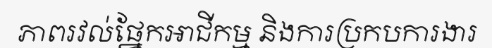
ភាពរវល់ផ្នែកអាជីកម្ម និងការប្រកបការងារ